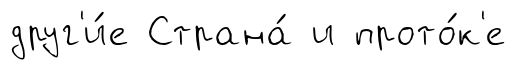
друг'и́е Страна́ и прото́к'е